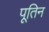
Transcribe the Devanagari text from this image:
पूतिन